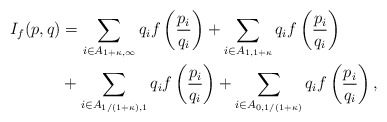
\begin{align*}I_f(p,q) &= \sum_{i \in A_{1+\kappa,\infty}} q_i f\left( \frac{p_i}{q_i} \right) + \sum_{i \in A_{1, 1+ \kappa}} q_if\left( \frac{p_i}{q_i} \right) \\&+ \sum_{i \in A_{1/(1+\kappa),1}}q_i f\left( \frac{p_i}{q_i} \right) + \sum_{i \in A_{0,1/(1+\kappa)}}q_if\left( \frac{p_i}{q_i} \right),\end{align*}